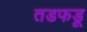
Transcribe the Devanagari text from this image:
तडफडू